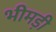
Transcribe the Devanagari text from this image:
भीमड़ी